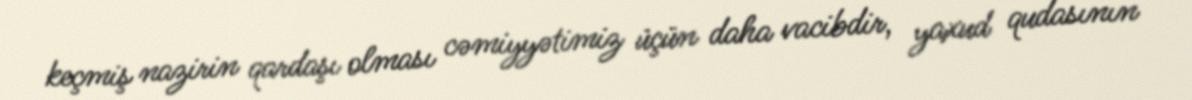
keçmiş nazirin qardaşı olması cəmiyyətimiz üçün daha vacibdir, yaxud qudasının